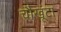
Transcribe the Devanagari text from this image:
चौखूंटा